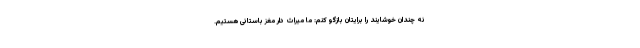
نه چندان خوشایند را برایتان بازگو کنم: ما میراث دار مغز باستانی هستیم.